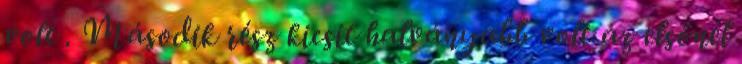
volt . Második rész kicsit halványabb volt az elsőnél